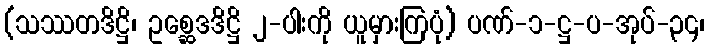
(သဿတဒိဋ္ဌိ၊ ဥစ္ဆေဒဒိဋ္ဌိ ၂-ပါးကို ယူမှားကြပုံ) ပဏ်-၁-ဋ္ဌ-ပ-အုပ်-၃၄၊